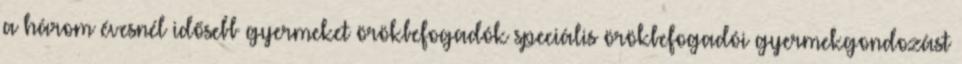
a három évesnél idősebb gyermeket örökbefogadók speciális örökbefogadói gyermekgondozást